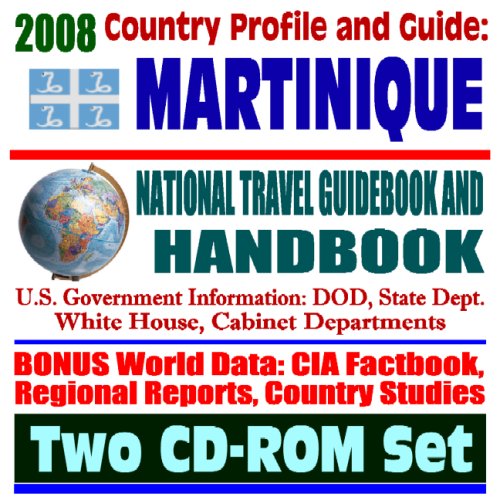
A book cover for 2008 Country Profile and Guide to Martinique- National Travel Guidebook and Handbook - French West Indies, French Antilles, Mount Pelee Volcano, Agriculture (Two CD-ROM Set); U.S. Government; Travel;